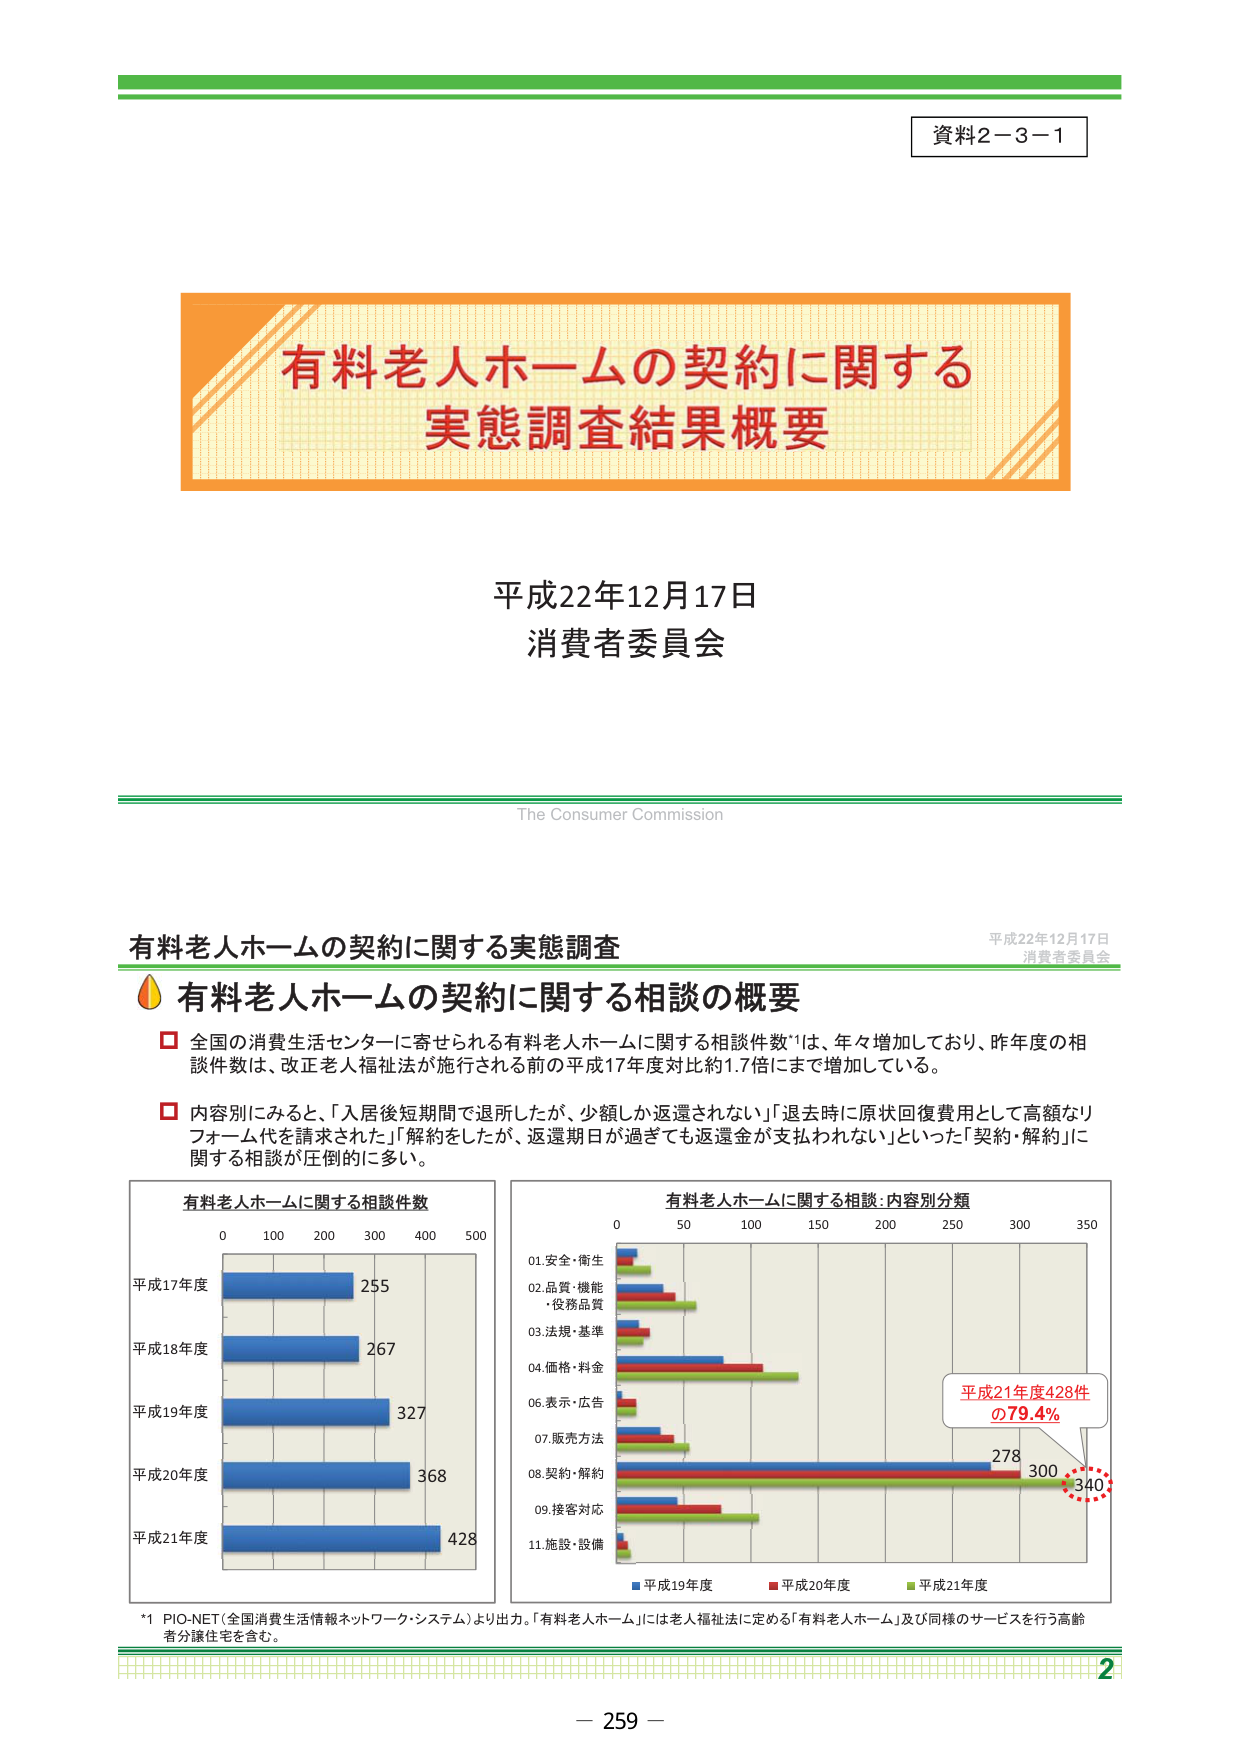
資料２－３－１

有料老人ホームの契約に関する
実態調査結果概要

平成22年12月17日
消費者委員会

The Consumer Commission

有料老人ホームの契約に関する実態調査
平成22年12月17日
消費者委員会

有料老人ホームの契約に関する相談の概要

□ 全国の消費生活センターに寄せられる有料老人ホームに関する相談件数*1は、年々増加しており、昨年度の相談件数は、改正老人福祉法が施行される前の平成17年度対比約1.7倍にまで増加している。

□ 内容別にみると、「入居後短期間で退所したが、少額しか返還されない」「退去時に原状回復費用として高額なリフォーム代を請求された」「解約をしたが、返還期日が過ぎても返還金が支払われない」といった「契約・解約」に関する相談が圧倒的に多い。

有料老人ホームに関する相談件数
0 100 200 300 400 500
平成17年度 255
平成18年度 267
平成19年度 327
平成20年度 368
平成21年度 428

有料老人ホームに関する相談：内容別分類
0 50 100 150 200 250 300 350
01.安全・衛生
02.品質・機能・役務品質
03.法規・基準
04.価格・料金
06.表示・広告
07.販売方法
08.契約・解約 278 300 340
09.接客対応
11.施設・設備
■ 平成19年度 ■ 平成20年度 ■ 平成21年度

平成21年度428件
の79.4%

*1 PIO-NET（全国消費生活情報ネットワーク・システム）より出力。「有料老人ホーム」には老人福祉法に定める「有料老人ホーム」及び同様のサービスを行う高齢者介護住宅を含む。

2
－ 259 －